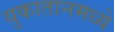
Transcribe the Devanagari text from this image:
युकातानमध्ये